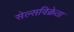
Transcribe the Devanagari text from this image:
सेल्सविक्रेता